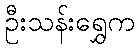
ဦးသန်းရွှေက